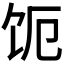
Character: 𬲩